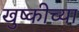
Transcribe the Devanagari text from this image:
खुष्कीच्या